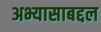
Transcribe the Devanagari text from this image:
अभ्यासाबद्दल